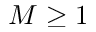
M \geq 1